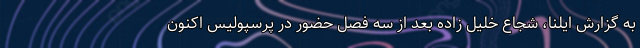
به گزارش ایلنا، شجاع خلیل زاده بعد از سه فصل حضور در پرسپولیس اکنون